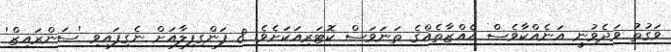
ވަގުތު ވަދެވުނީ އަނެއްކާވެސް އެއްޒާތެއްގެ ތަނަވަސް ކޮޓަރިއަކަށެވެ. 8 ފަންގިފިލާއަށް ނެގިފައިވި 'ސަންރައިޒް'